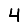
Digit: 4